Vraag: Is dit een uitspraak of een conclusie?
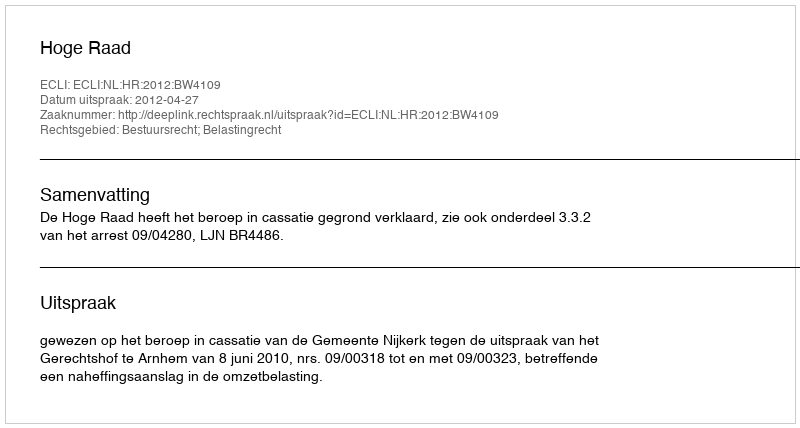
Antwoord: Uitspraak